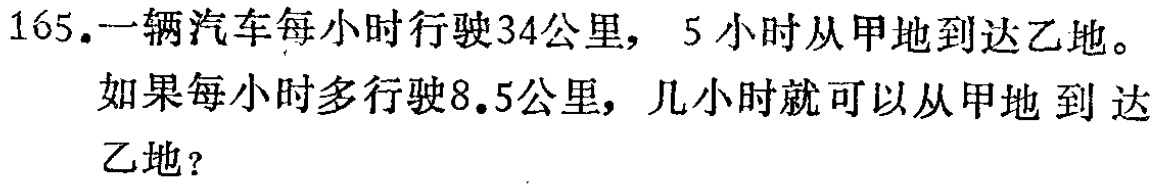
165.一辆汽车每小时行驶34公里，5小时从甲地到达乙地。
如果每小时多行驶8.5公里，几小时就可以从甲地到达乙地？